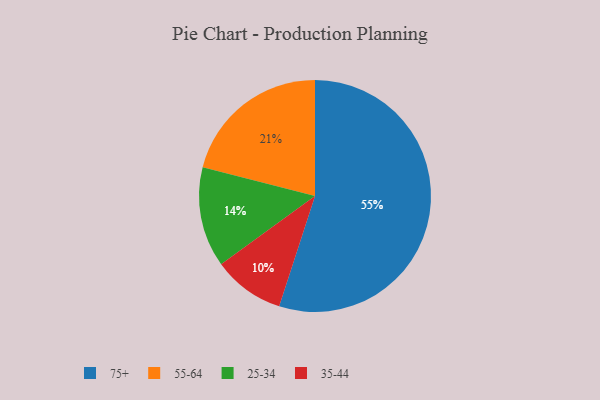
{"axis": {"x": "Category", "y": "Percentage"}, "legend": ["25-34", "35-44", "55-64", "75+"], "data": [{"x": "55-64", "y": 21, "type": "55-64"}, {"x": "75+", "y": 55, "type": "75+"}, {"x": "25-34", "y": 14, "type": "25-34"}, {"x": "35-44", "y": 10, "type": "35-44"}]}